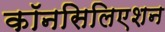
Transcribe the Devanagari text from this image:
कॉनसिलिएशन